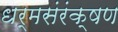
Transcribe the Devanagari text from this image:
धर्मसंरंक्षण